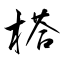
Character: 榙